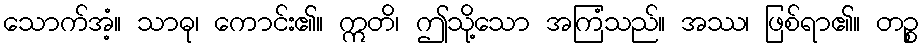
သောက်အံ့။ သာဓု၊ ကောင်း၏။ ဣတိ၊ ဤသို့သော အကြံသည်။ အဿ၊ ဖြစ်ရာ၏။ တဉ္စ